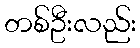
တစ်ဦးလည်း